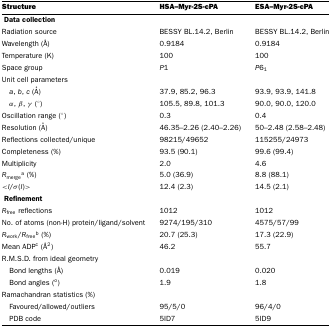
<table><thead><tr><td><b>Structure</b></td><td><b>HSA–Myr-2S-cPA</b></td><td><b>ESA–Myr-2S-cPA</b></td></tr></thead><tbody><tr><td colspan="3"> <b>Data collection</b></td></tr><tr><td>Radiation source</td><td>BESSY BL.14.2, Berlin</td><td>BESSY BL.14.2, Berlin</td></tr><tr><td>Wavelength (Å)</td><td>0.9184</td><td>0.9184</td></tr><tr><td>Temperature (K)</td><td>100</td><td>100</td></tr><tr><td>Space group</td><td><i>P</i>1</td><td><i>P</i>6<sub>1</sub></td></tr><tr><td colspan="3">Unit cell parameters</td></tr><tr><td> <i>a</i>, <i>b</i>, <i>c</i> (Å)</td><td>37.9, 85.2, 96.3</td><td>93.9, 93.9, 141.8</td></tr><tr><td> <i>α</i>, <i>β</i>, <i>γ</i> (°)</td><td>105.5, 89.8, 101.3</td><td>90.0, 90.0, 120.0</td></tr><tr><td>Oscillation range (°)</td><td>0.3</td><td>0.4</td></tr><tr><td>Resolution (Å)</td><td>46.35–2.26 (2.40–2.26)</td><td>50–2.48 (2.58–2.48)</td></tr><tr><td>Reflections collected/unique</td><td>98215/49652</td><td>115255/24973</td></tr><tr><td>Completeness (%)</td><td>93.5 (90.1)</td><td>99.6 (99.4)</td></tr><tr><td>Multiplicity</td><td>2.0</td><td>4.6</td></tr><tr><td><i>R</i><sub>merge</sub>a (%)</td><td>5.0 (36.9)</td><td>8.8 (88.1)</td></tr><tr><td>&lt;<i>I</i>/σ(<i>I</i>)&gt;</td><td>12.4 (2.3)</td><td>14.5 (2.1)</td></tr><tr><td colspan="3"> <b>Refinement</b></td></tr><tr><td><i>R</i><sub>free</sub> reflections</td><td>1012</td><td>1012</td></tr><tr><td>No. of atoms (non-H) protein/ligand/solvent</td><td>9274/195/310</td><td>4575/57/99</td></tr><tr><td><i>R</i><sub>work</sub>/<i>R</i><sub>free</sub><sup>b</sup> (%)</td><td>20.7 (25.3)</td><td>17.3 (22.9)</td></tr><tr><td>Mean ADP<sup>c</sup> (Å<sup>2</sup>)</td><td>46.2</td><td>55.7</td></tr><tr><td colspan="3">R.M.S.D. from ideal geometry</td></tr><tr><td> Bond lengths (Å)</td><td>0.019</td><td>0.020</td></tr><tr><td> Bond angles (<sup>o</sup>)</td><td>1.9</td><td>1.8</td></tr><tr><td colspan="3">Ramachandran statistics (%)</td></tr><tr><td> Favoured/allowed/outliers</td><td>95/5/0</td><td>96/4/0</td></tr><tr><td> PDB code</td><td>5ID7</td><td>5ID9</td></tr></tbody></table>